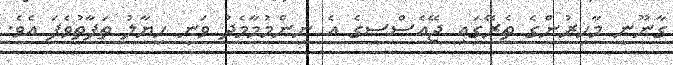
ގާނޫނީ މާހިރުންގެ ތެރޭގައި ޖޭއެސްސީގެ އެ ނިންމުމާމެދު ވަނީ ހިޔާލު ތަފާތުވެފަ އެވެ.